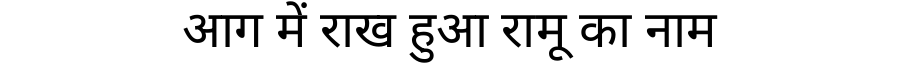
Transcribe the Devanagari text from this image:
आग में राख हुआ रामू का नाम